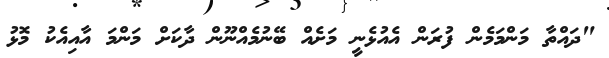
"ދައްތާ މަންމަމެން ފުރަން އެއުޅެނީ މަށެއް ބޭނުމެއްނޫން ދާކަށް މަންމަ އާއިއެކު މޮޅު